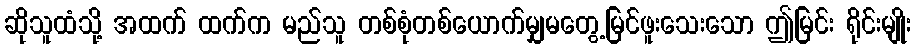
ဆိုသူထံသို့ အထက် ထက်က မည်သူ တစ်စုံတစ်ယောက်မျှမတွေ့မြင်ဖူးသေးသော ဤမြင်း ရိုင်းမျိုး